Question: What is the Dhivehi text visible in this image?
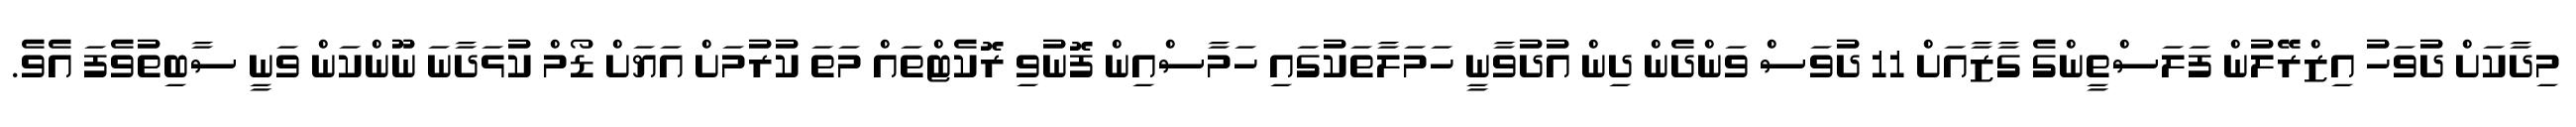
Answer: މިދާކަށް ދުވަހު އިޒްރޭލުން ފަލަސްތީންގެ ގާޒާއަށް 11 ދުވަސް ވަންދެން ދިން އުދުވާނީ ހަމަލާތަކުގައި ހަމާސްއިން ފޮނުވި ރޮކެޓްތައް މަތަ ކުރުމަށް އަޔަށް ޑޯމް ކުޅަދާނަ ނޫންކަން ވަނީ ސާބިތުވެފަ އެވެ.